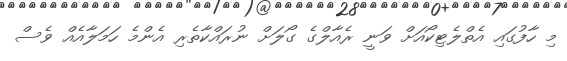
މި ހާފުގައި އެތްލެޓިކޯއަށް ވަނީ ރެއާލްގެ ގޯލަށް ނުރައްކާތެރި އެންމެ ހަމަލާއެއް ވެސް